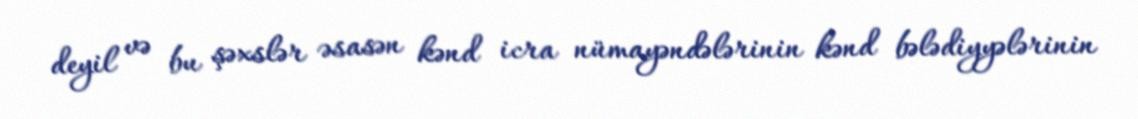
deyil və bu şəxslər əsasən kənd icra nümayəndələrinin kənd bələdiyyələrinin